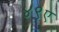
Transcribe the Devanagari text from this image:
४९ए